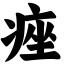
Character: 痤